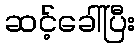
ဆင့်ခေါ်ပြီး